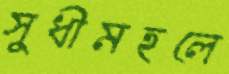
সুধীমহলে